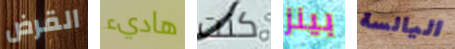
القرض هاديء كنت بينز اليائسة